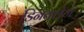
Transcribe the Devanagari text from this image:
डिनक्लेज